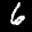
Label: 6